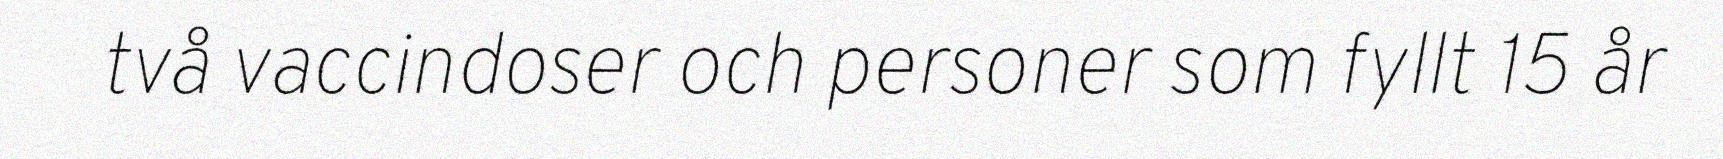
två vaccindoser och personer som fyllt 15 år